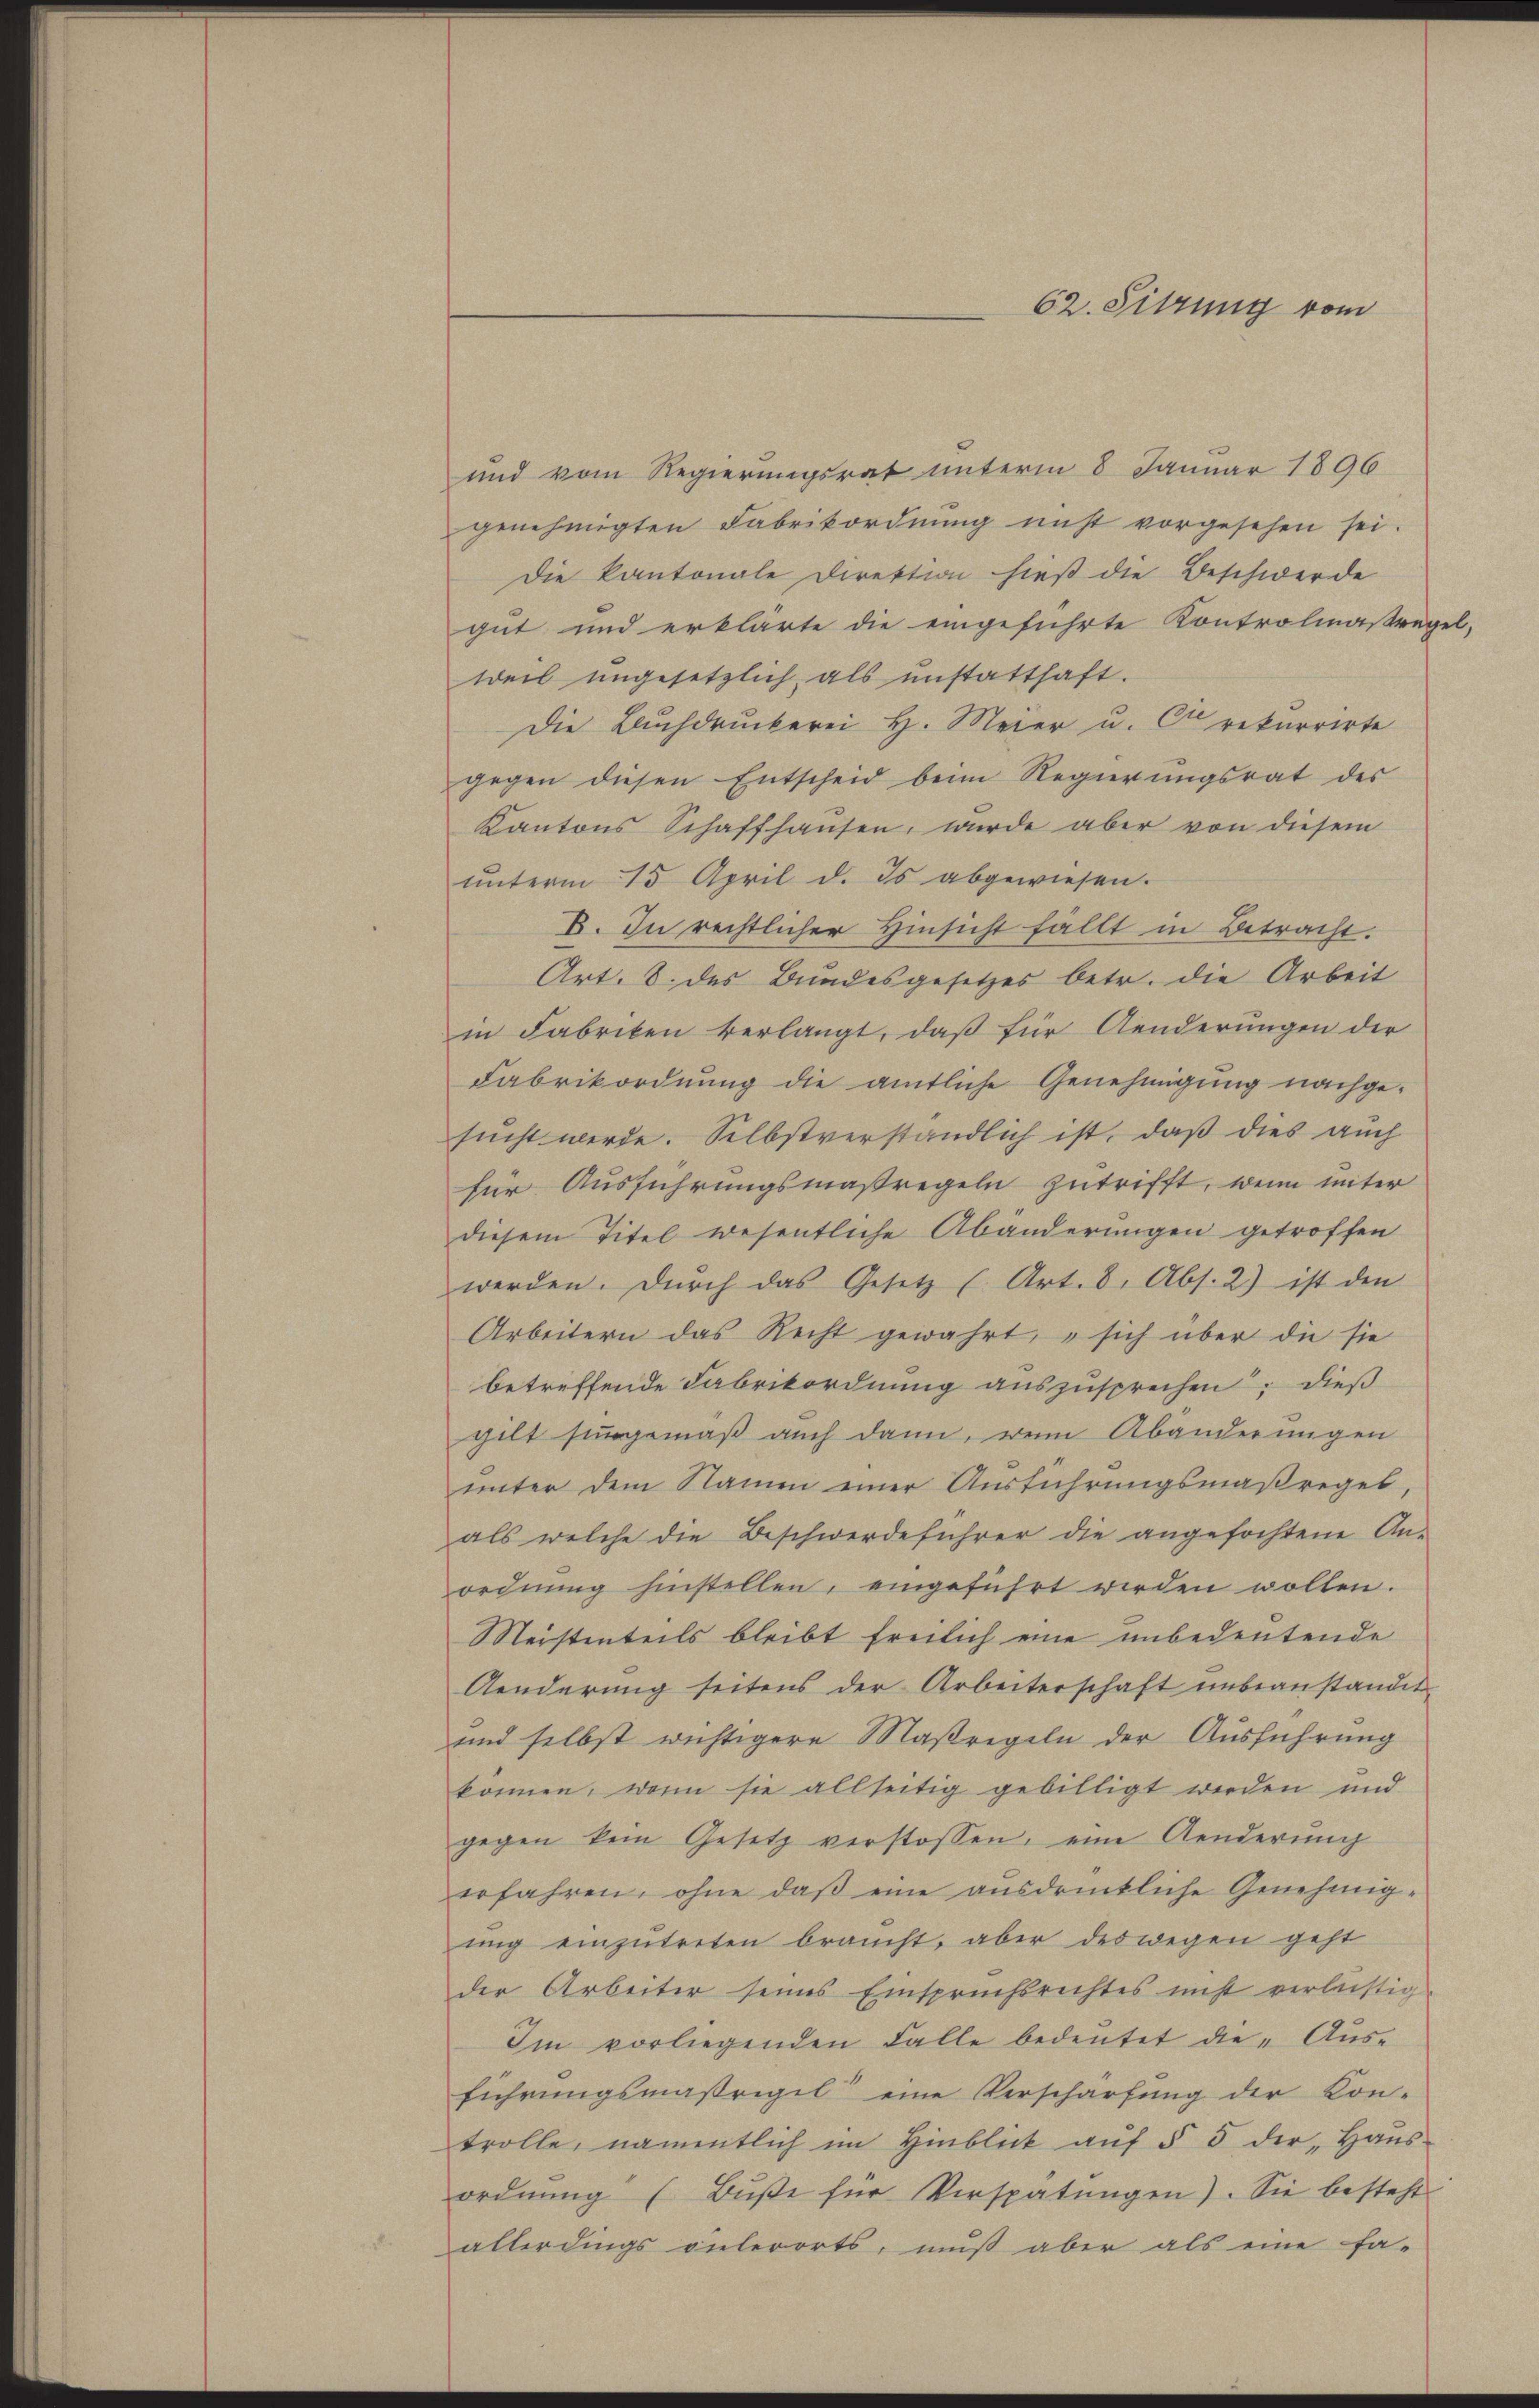
und vom Regierungsrat unterm 8 Januar 1896
genehmigten Fabrikordnŭng nicht vorgesehen sei.
Die kantonale Direktion hieß die Beschwerde
gut und erklärte die eingeführte Kontrolinasregel,
weil ungesetzlich als unstatthaft.
Die Buchdruckerei H. Meier u. C rekurrirte
gegen diesen Entscheid beim Regierungsrat des
Kantons Schaffhausen, wurde aber von diesem
ŭnterm 15. April d. Es abgewiesen.
B. In rechtlicher Hinsicht fällt in Betracht.
Art. 8. des Bundesgesetzes betr. die Arbeit
in Fabriken verlangt, daß für Aenderŭngen der
Fabrikordnung die amtliche Genehmigung nachgesucht werde. Selbstverständlich ist, daß dies auch
für Ausführungsmaßregeln zutrifft, wenn unter
diesem Titel wesentliche Abänderungen getroffen
werden. Durch das Gesetz (Art. 8. Abs. 2) ist den
Arbeitern das Recht gewahrt, sich über die sie
betreffende Fabrikordnung auszusprechen; dieß
gilt singemäß auch dann, wenn Abänderungen
unter dem Name einer Ausführungsmaßregel
als welche die Beschwerdeführer die angefochtene An-
ordnŭng hinstellen, eingeführt werden wollen.
Meistenteils bleibt Ernlich eine unbedeutende
Aenderung seitens der Arbeiterschaft unbeanstandit
und selbst wichtigere Maßregeln der Ausführung
können, wenn sie allseitig gebilligt werden und
gegen kein Gesetz verstossen, eine Aenderung
erfahren, ohne daß eine ausdrückliche Genehmig-
ŭng einzŭtreten braucht, aber deswegen geht
der Arbeiter seines Einspruchsrechtes nicht verlästig
Im vorliegenden Falle bedeutet die „Ausführungsmäßrigil eine Verschärfung der Kon-
trolle, namentlich im Hinblick aŭf § 5 der Haŭs-
ordnŭng (Bŭβe für Verspätŭngen). Sie besteht
allerdings vielerorts, muß aber als eine fa-

62. Sitzung vom